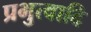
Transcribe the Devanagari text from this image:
प्रभुत्वादि